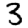
Digit: 3